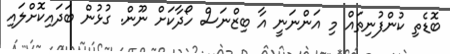
ބޮޑެތި ކުންފުނިތައް މި އަންނަނީ އާ ބިޒްނަސް ހޯދާކަށް ނޫން. ގުޅުން ބަދައިކޮށްލައި